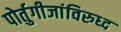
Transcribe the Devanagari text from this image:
पोर्तुगीजांविरुध्द